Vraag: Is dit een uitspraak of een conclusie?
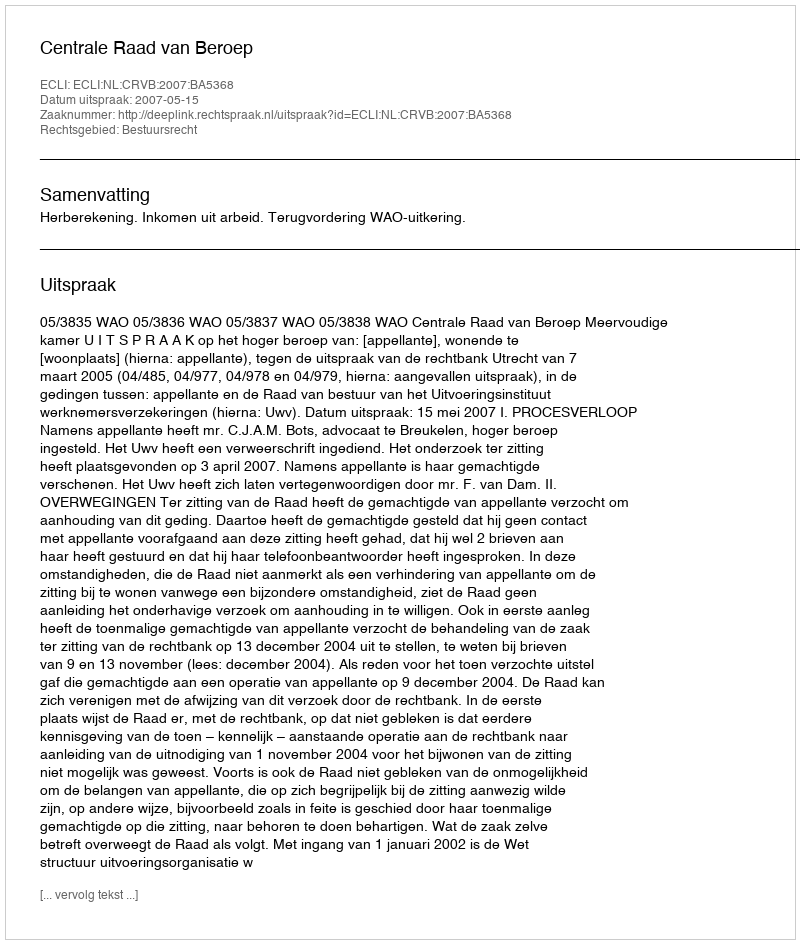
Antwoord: Uitspraak